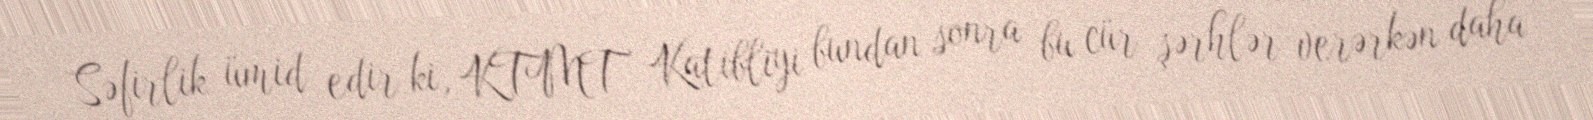
Səfirlik ümid edir ki, KTMT Katibliyi bundan sonra bu cür şərhlər verərkən daha